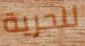
للحرية